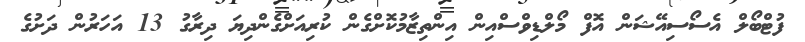
ފުޓްބޯލް އެސޯސިއޭޝަން އޮފް މޯލްޑިވްސްއިން އިންތިޒާމުކޮށްގެން ކުރިއަށްގެންދިޔަ ދިރާގު 13 އަހަރުން ދަށުގެ